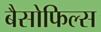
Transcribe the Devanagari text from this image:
बैसोफिल्स